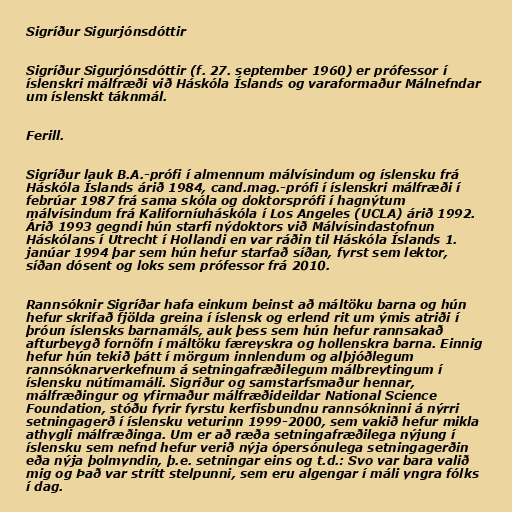
Sigríður Sigurjónsdóttir

Sigríður Sigurjónsdóttir (f. 27. september 1960) er prófessor í
íslenskri málfræði við Háskóla Íslands og varaformaður Málnefndar
um íslenskt táknmál.

Ferill.

Sigríður lauk B.A.-prófi í almennum málvísindum og íslensku frá
Háskóla Íslands árið 1984, cand.mag.-prófi í íslenskri málfræði í
febrúar 1987 frá sama skóla og doktorsprófi í hagnýtum
málvísindum frá Kaliforníuháskóla í Los Angeles (UCLA) árið 1992.
Árið 1993 gegndi hún starfi nýdoktors við Málvísindastofnun
Háskólans í Utrecht í Hollandi en var ráðin til Háskóla Íslands 1.
janúar 1994 þar sem hún hefur starfað síðan, fyrst sem lektor,
síðan dósent og loks sem prófessor frá 2010.

Rannsóknir Sigríðar hafa einkum beinst að máltöku barna og hún
hefur skrifað fjölda greina í íslensk og erlend rit um ýmis atriði í
þróun íslensks barnamáls, auk þess sem hún hefur rannsakað
afturbeygð fornöfn í máltöku færeyskra og hollenskra barna. Einnig
hefur hún tekið þátt í mörgum innlendum og alþjóðlegum
rannsóknarverkefnum á setningafræðilegum málbreytingum í
íslensku nútímamáli. Sigríður og samstarfsmaður hennar,
málfræðingur og yfirmaður málfræðideildar National Science
Foundation, stóðu fyrir fyrstu kerfisbundnu rannsókninni á nýrri
setningagerð í íslensku veturinn 1999-2000, sem vakið hefur mikla
athygli málfræðinga. Um er að ræða setningafræðilega nýjung í
íslensku sem nefnd hefur verið nýja ópersónulega setningagerðin
eða nýja þolmyndin, þ.e. setningar eins og t.d.: Svo var bara valið
mig og Það var strítt stelpunni, sem eru algengar í máli yngra fólks
í dag.